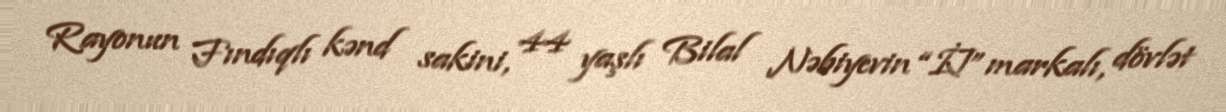
Rayonun Fındıqlı kənd sakini, 44 yaşlı Bilal Nəbiyevin “İJ” markalı, dövlət